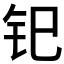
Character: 𫟳